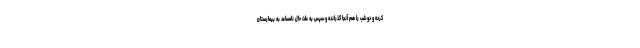
کرده و دو شب را هم آنجا گذرانده و سپس به علت حال نامساعد به بیمارستان